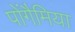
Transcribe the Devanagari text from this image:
पोंगैमिया